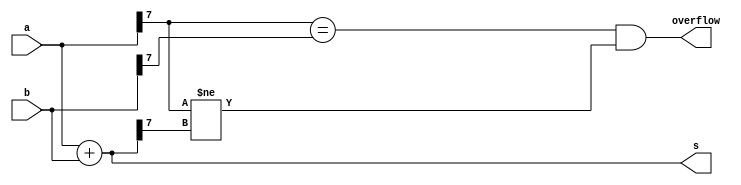
/* Assume that you have two 8-bit 2's complement numbers, a[7:0] and b[7:0]. 
These numbers are added to produce s[7:0]. 
Also compute whether a (signed) overflow has occurred. */

module top_module (
    input [7:0] a,
    input [7:0] b,
    output [7:0] s,
    output overflow
); 
    wire a_sign=a[7];
    wire b_sign=b[7];
    wire s_sign=s[7];
    assign s=a+b;
    assign overflow=(a_sign==b_sign)&&(a_sign!=s_sign);

endmodule